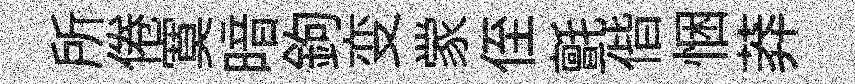
所倦寞暗鉤变䝉侄氈偕悃莽